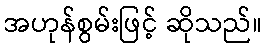
အဟုန်စွမ်းဖြင့် ဆိုသည်။